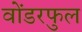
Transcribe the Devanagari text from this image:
वोंडरफुल